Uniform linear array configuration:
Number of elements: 12
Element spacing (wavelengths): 0.5
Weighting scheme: hamming
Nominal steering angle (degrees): -30
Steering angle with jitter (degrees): -29.839
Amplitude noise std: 0.05
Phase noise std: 0.05

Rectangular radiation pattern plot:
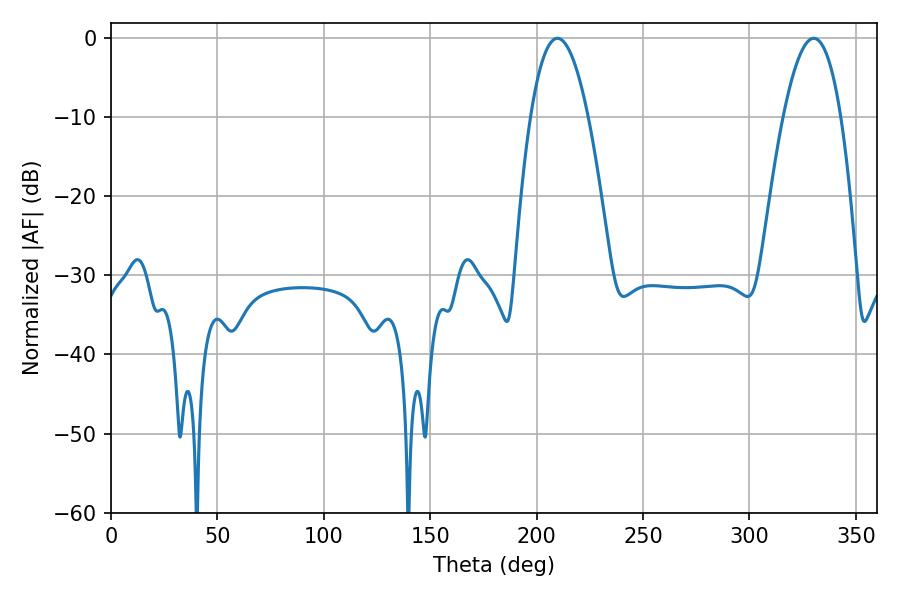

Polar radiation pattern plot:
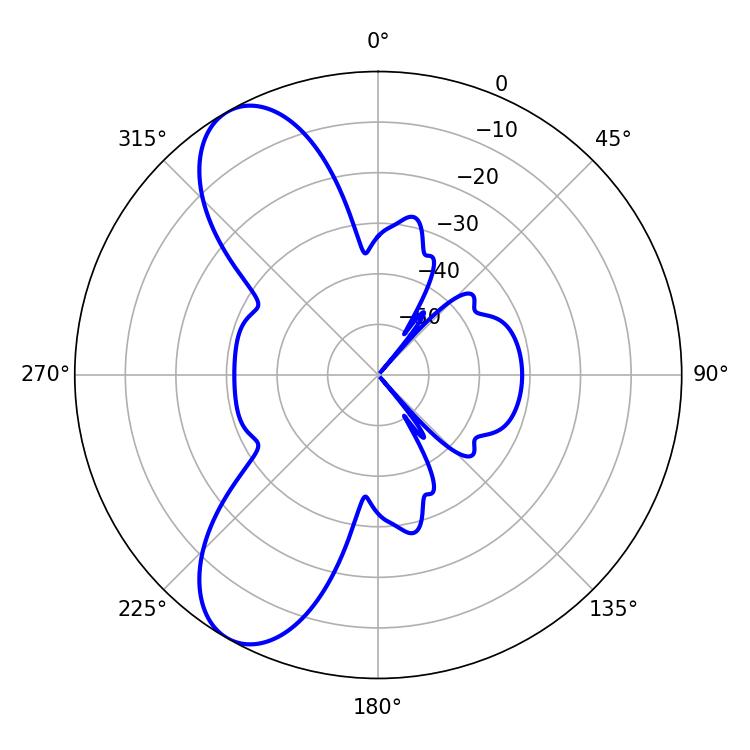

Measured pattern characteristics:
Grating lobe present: FALSE
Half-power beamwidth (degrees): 14.76
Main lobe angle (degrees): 209.7